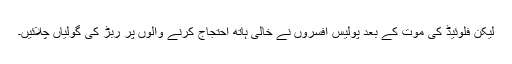
لیکن فلوئیڈ کی موت کے بعد پولیس افسروں نے خالی ہاتھ احتجاج کرنے والوں پر ربڑ کی گولیاں چلائیں۔